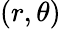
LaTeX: (r,\theta)